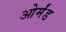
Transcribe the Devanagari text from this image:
ओर्मंड